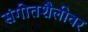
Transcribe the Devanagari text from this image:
संगीतशैलीवर